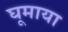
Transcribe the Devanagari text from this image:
घूमाया